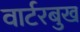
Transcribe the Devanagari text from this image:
वार्टरबुख